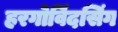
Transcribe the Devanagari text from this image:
हरगोविंदसिंग